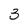
Character: 3